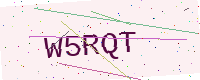
Text: W5RQT